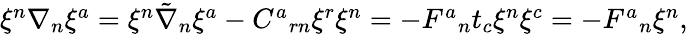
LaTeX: \begin{array}{r}{\xi^{n}{\nabla}{}_{n}\xi^{a}=\xi^{n}\tilde{\nabla}_{n}\xi^{a}-C^{a}{}_{rn}\xi^{r}\xi^{n}=-F^{a}{}_{n}t_{c}\xi^{n}\xi^{c}=-F^{a}{}_{n}\xi^{n},}\end{array}